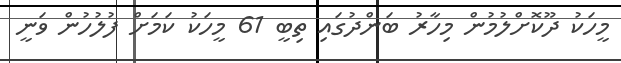
މީހަކު ދޫކޮށްލުމުން މިހާރު ބަންދުގައި ތިބީ 61 މީހަކު ކަމަށް ފުލުހުން ވަނީ